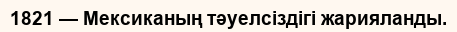
1821 — Мексиканың тәуелсіздігі жарияланды.